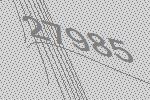
27985